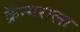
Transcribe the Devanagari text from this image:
क्रॅन्मराला